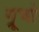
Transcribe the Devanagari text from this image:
ग्रूचो